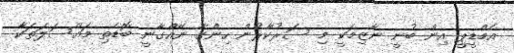
އެމްޑީޕީ އިން ބުނީ ނާޒިމަކީ މި ސަރުކާރުން ހިންގާ ނޭއްގާނީ ބޮޑެތި މައްސަލަތަކާ